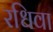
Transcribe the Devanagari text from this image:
रधिवा